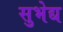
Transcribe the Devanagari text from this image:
सुभेद्य